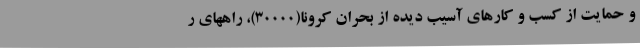
و حمایت از کسب و کارهای آسیب دیده از بحران کرونا(30000)، راههای ر